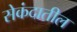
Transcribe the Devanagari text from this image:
सेकंदातील